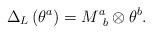
LaTeX: \begin{align*}\Delta _{L}\left( \theta ^{a}\right) =M_{\,\,\,b}^{a}\otimes \theta ^{b} .\end{align*}